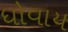
ધોવાય